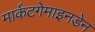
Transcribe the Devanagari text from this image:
मार्कटगेमाइनडेन